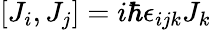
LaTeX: [J_{i},J_{j}]=i\hbar\epsilon_{ijk}J_{k}